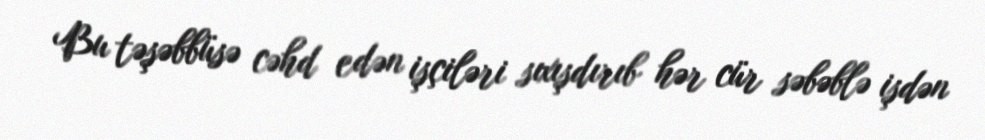
Bu təşəbbüsə cəhd edən işçiləri sıxışdırıb hər cür səbəblə işdən